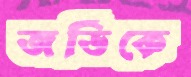
জর্ডিকে